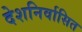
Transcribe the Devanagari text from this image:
देशनिर्वासित